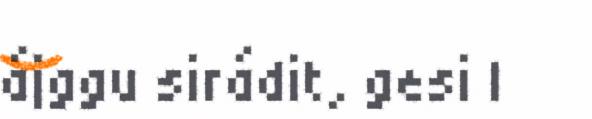
ájggu sirádit, gesi l